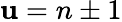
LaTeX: \mathbf{u}=n\pm1